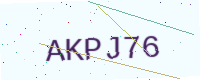
Text: AKPJ76